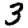
Digit: 3